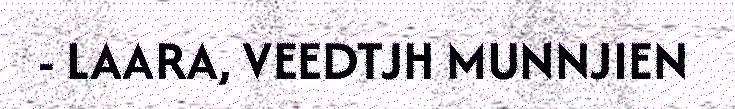
- LAARA, VEEDTJH MUNNJIEN